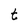
Character: t